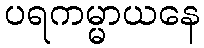
ပရကမ္မာယနေ